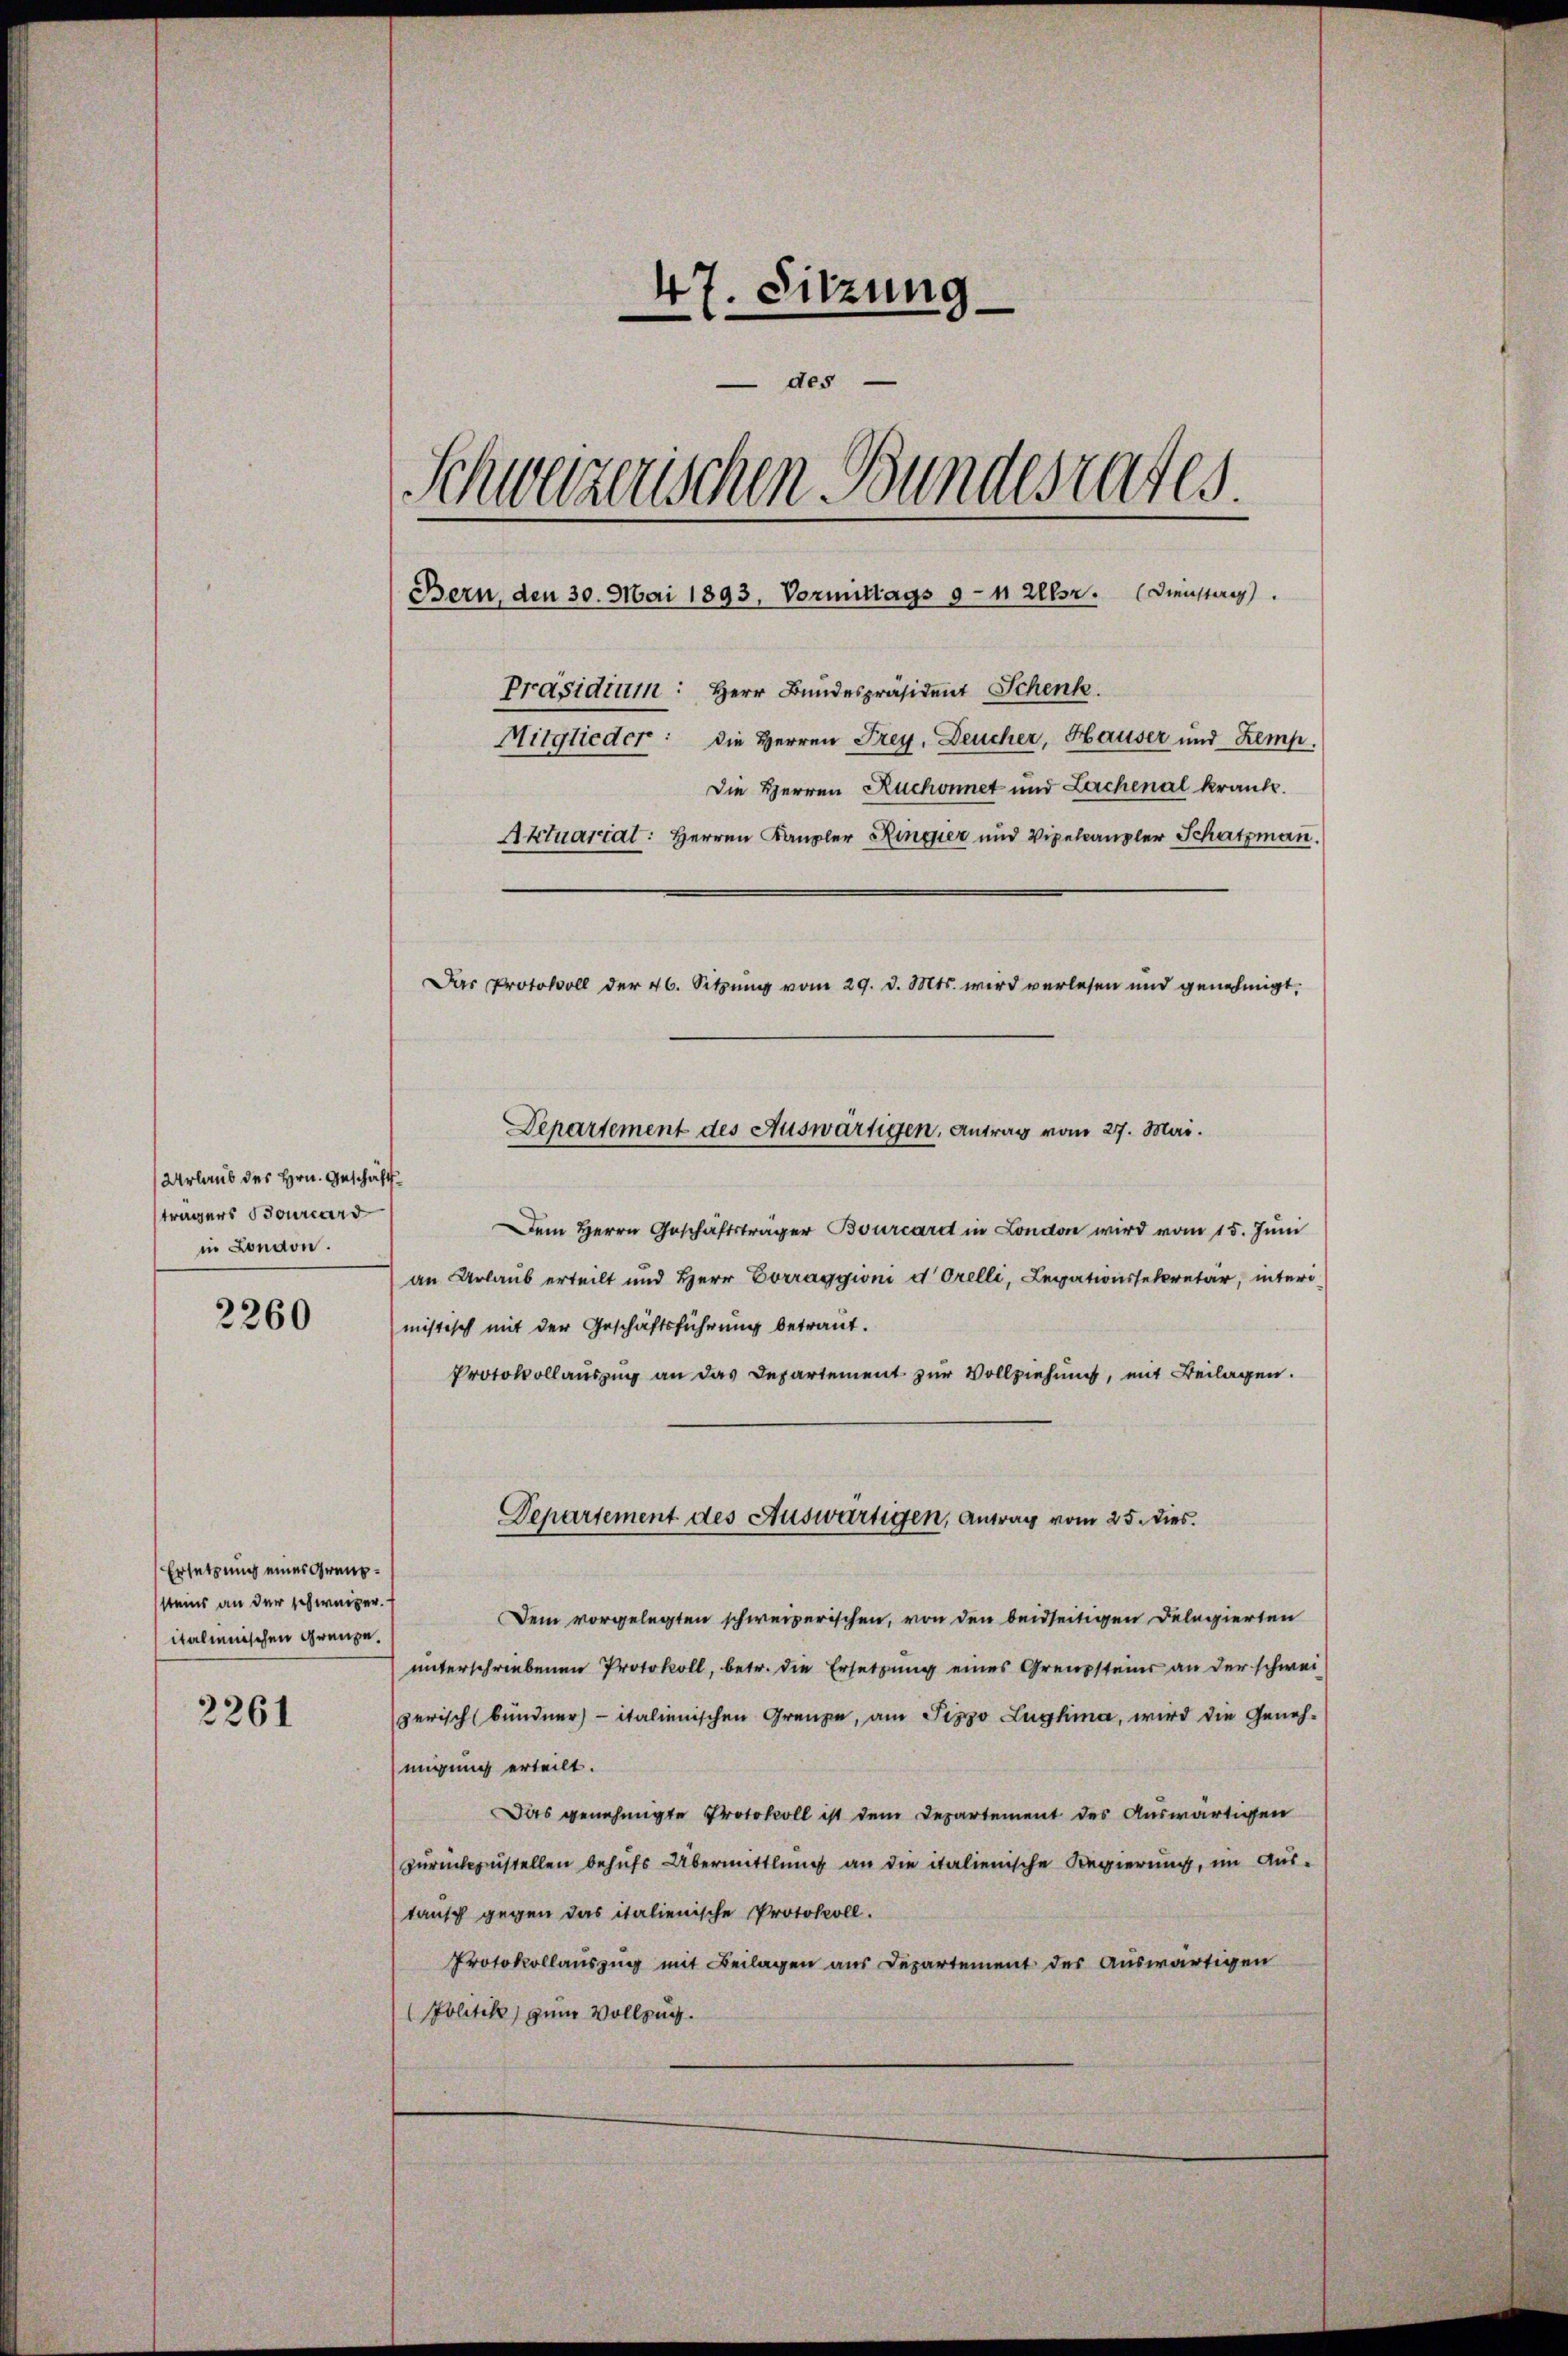
Urlaub des Hrn. Geschäftträgers Bourcard
in London.

2260

Ersetzung eines Grenzsteins an der schweizer.
italienischen Grenze.
2261

47. Sitzung
des
Schweizerischen Bundesrates.
Bern, den 30. Mai 1893, Vormittags 9 Uhr. Diensteres
Präsidium: Herr Bundespräsident Schenk
Mitglieder: die Herren Frey. Deucher, Hauser und Zemp.
Die Herren Ruchonnet und Lachenal kranke.
Aktuarial: Herren Kanzler Ringier und Vipelcanzler Schatzmann.
Das Protokoll der 46. Sitzung vom 29. d. Mts. wird verlesen und genehmigt.

Dem Herrn Geschäftsträger Bourcard in London wird vom 15. Juni
an Urlaub erteilt und Herr Corraggini d. Orelli, Legationssekretär, intermistisch mit der Geschäftsführung betraut.
Protokollauszug an das Departement zur Vollziehung, mit Beilagen.
Departement des Auswärtigen, Antrag vom 25. dies.
Dem vorgelegten schweizerischen, von den beidseitigen Delegierten
unterschriebenen Protokoll, betr. die Ersetzung eines Grenzsteine an der schwei
zerisch (bündner) - italienischen Grenze, am Pizzo Zugkina, wird die Geneh-
migung erteilt.
Das genehmigte Protokoll ist dem Departement des Auswärtigen
zurückzustellen behufs Übermittlung an die italienische Regierung, im Austansch gegen das italienische Protokoll.
Protokollauszug mit Beilagen aus Departement des Auswärtigen
Politik zum Vollzug.

Departement des Auswärtigen, Antrag vom 27. Mai.